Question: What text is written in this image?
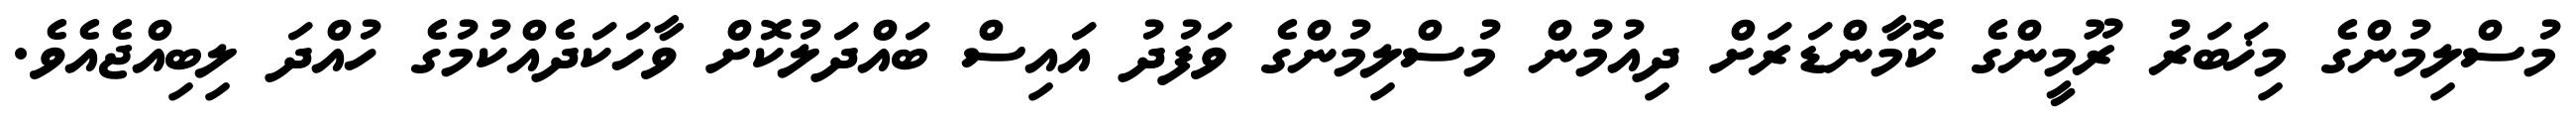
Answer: މުސްލިމުންގެ މިޚަބަރު ރޫމީންގެ ކޮމާންޑަރަށް ދިއުމުން މުސްލިމުންގެ ވަފުދު އައިސް ބައްދަލުކޮށް ވާހަކަދެއްކުމުގެ ހުއްދަ ލިބިއްޖެއެވެ.